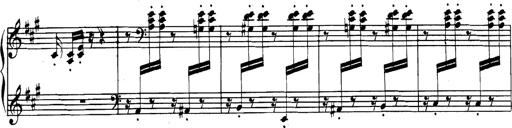
Title: Spinnerlied aus dem Fliegenden HollÃ¤nder
Composer: Franz Liszt